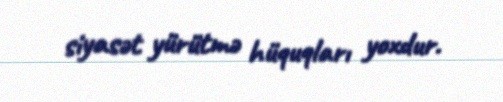
siyasət yürütmə hüquqları yoxdur.